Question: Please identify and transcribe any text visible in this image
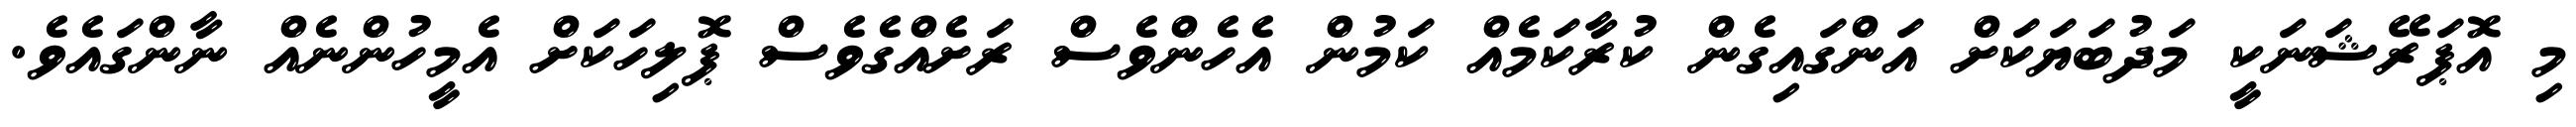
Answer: މި އޮޕަރޭޝަނަކީ މަދުބަޔަކަށް އަންގައިގެން ކުރާކަމެއް ކަމުން އެހެންވެސް ރަށެއްގެވެސް ޕޮލިހަކަށް އެމީހުންނެއް ނާންގައެވެ.